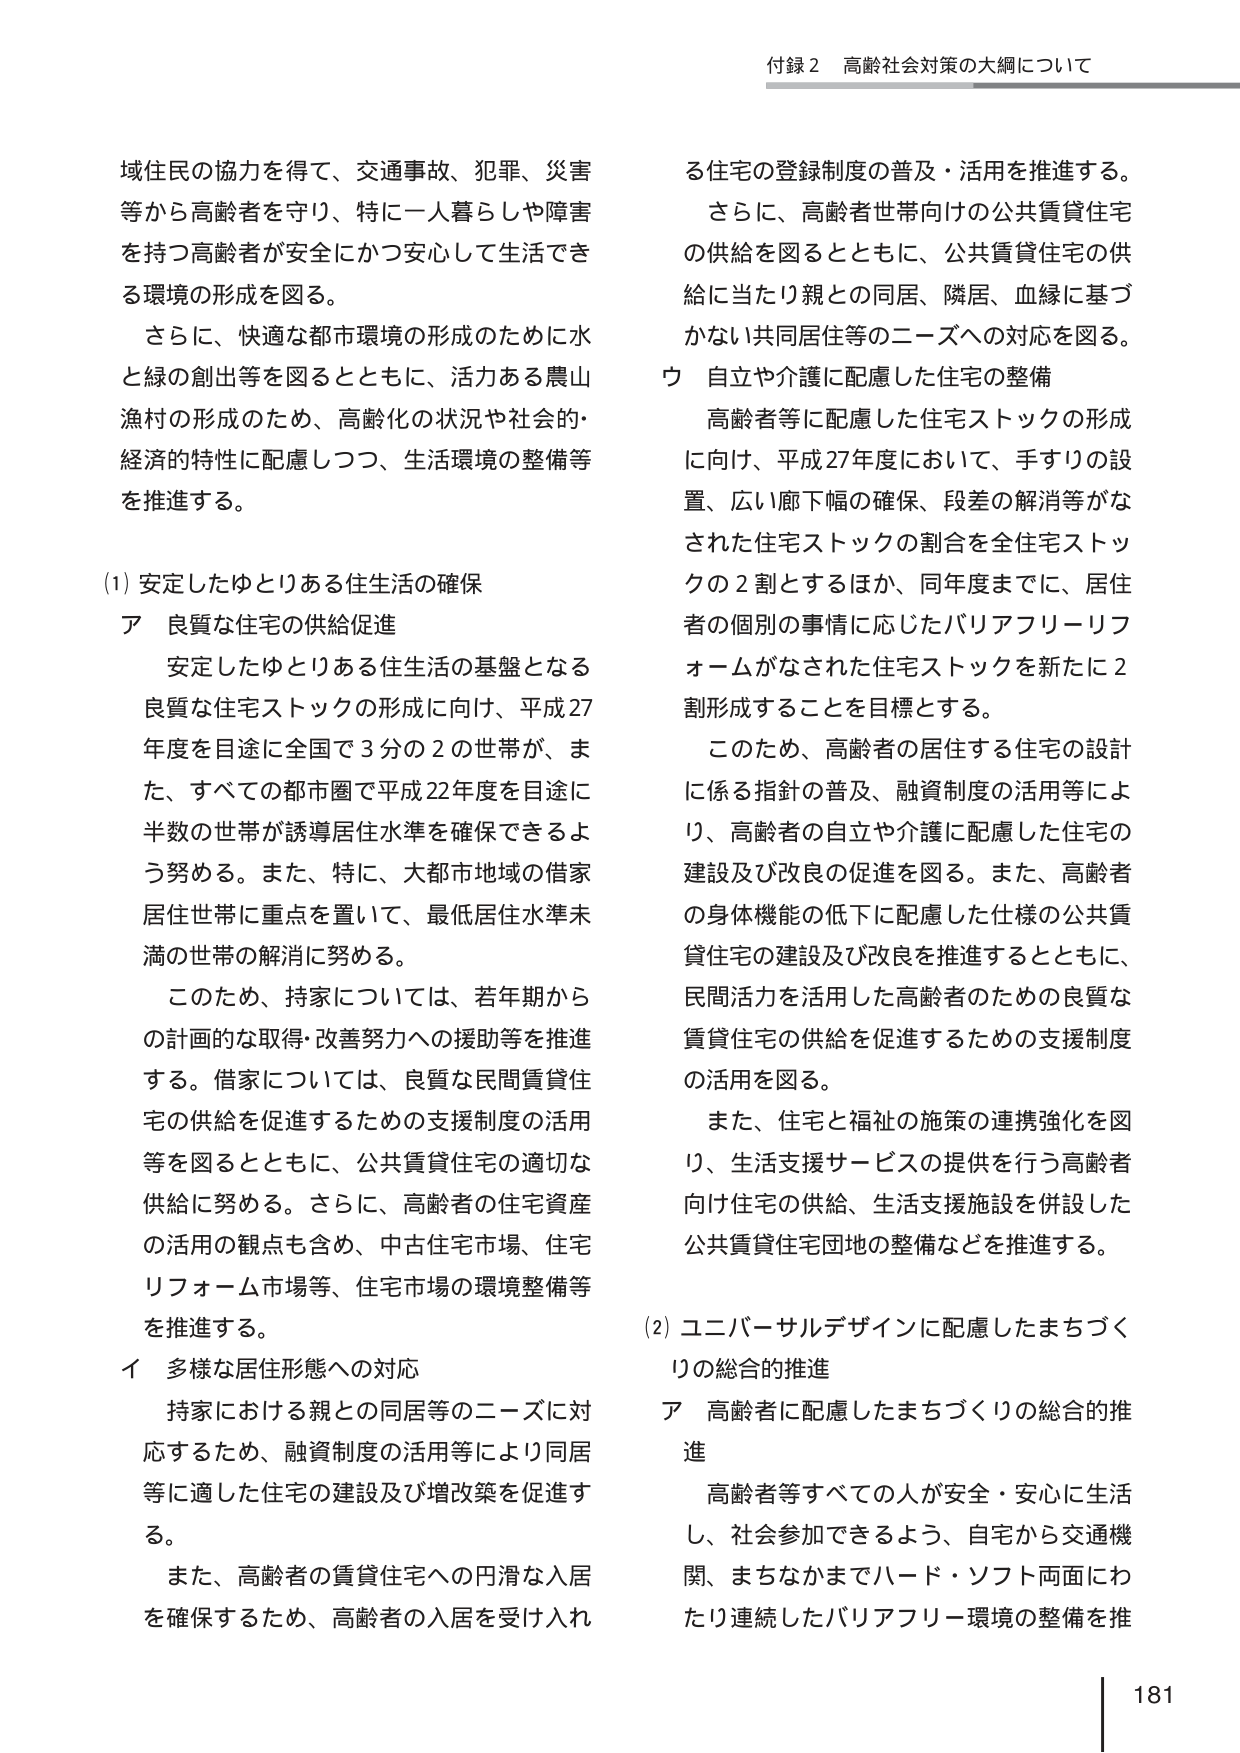
付録２ 高齢社会対策の大綱について

域住民の協力を得て、交通事故、犯罪、災害等から高齢者を守り、特に一人暮らしや障害を持つ高齢者が安全にかつ安心して生活できる環境の形成を図る。

さらに、快適な都市環境の形成のために水と緑の創出等を図るとともに、活力ある農山漁村の形成のため、高齢化の状況や社会的・経済的特性に配慮しつつ、生活環境の整備等を推進する。

(1) 安定したゆとりある住生活の確保

ア 良質な住宅の供給促進

安定したゆとりある住生活の基盤となる良質な住宅ストックの形成に向け、平成27年度を目途に全国で3分の2の世帯が、また、すべての都市圏で平成22年度を目途に半数の世帯が誘導居住水準を確保できるよう努める。また、特に、大都市地域の借家居住世帯に重点を置いて、最低居住水準未満の世帯の解消に努める。

このため、持家については、若年期からの計画的な取得・改善努力への援助等を推進する。借家については、良質な民間賃貸住宅の供給を促進するための支援制度の活用等を図るとともに、公共賃貸住宅の適切な供給に努める。さらに、高齢者の住宅資産の活用の観点も含め、中古住宅市場、住宅リフォーム市場等、住宅市場の環境整備等を推進する。

イ 多様な居住形態への対応

持家における親との同居等のニーズに対応するため、融資制度の活用等により同居等に適した住宅の建設及び増改築を促進する。

また、高齢者の賃貸住宅への円滑な入居を確保するため、高齢者の入居を受け入れる住宅の登録制度の普及・活用を推進する。

さらに、高齢者世帯向けの公共賃貸住宅の供給を図るとともに、公共賃貸住宅の供給に当たり親との同居、隣居、血縁に基づかない共同居住等のニーズへの対応を図る。

ウ 自立や介護に配慮した住宅の整備

高齢者等に配慮した住宅ストックの形成に向け、平成27年度において、手すりの設置、広い廊下幅の確保、段差の解消等がなされた住宅ストックの割合を全住宅ストックの2割とするほか、同年度までに、居住者の個別の事情に応じたバリアフリーリフォームがなされた住宅ストックを新たに2割形成することを目標とする。

このため、高齢者の居住する住宅の設計に係る指針の普及、融資制度の活用等により、高齢者の自立や介護に配慮した住宅の建設及び改良の促進を図る。また、高齢者の身体機能の低下に配慮した仕様の公共賃貸住宅の建設及び改良を推進するとともに、民間活力を活用した高齢者のための良質な賃貸住宅の供給を促進するための支援制度の活用を図る。

また、住宅と福祉の施策の連携強化を図り、生活支援サービスの提供を行う高齢者向け住宅の供給、生活支援施設を併設した公共賃貸住宅団地の整備などを推進する。

(2) ユニバーサルデザインに配慮したまちづくりの総合的推進

ア 高齢者に配慮したまちづくりの総合的推進

高齢者等すべての人が安全・安心に生活し、社会参加できるよう、自宅から交通機関、まちなかまでハード・ソフト両面にわたり連続したバリアフリー環境の整備を推

181